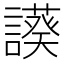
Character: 𧬧